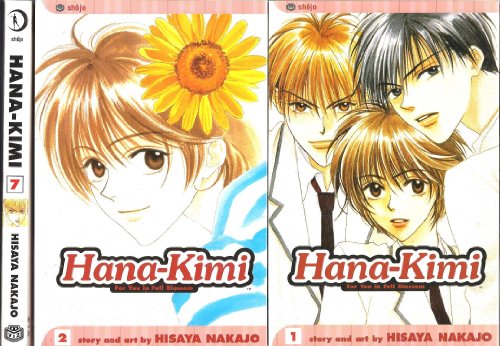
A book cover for Hana-Kimi, Volumes 1, 2, and 7 [Manga]; Hisaya Nakajo; Comics & Graphic Novels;